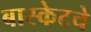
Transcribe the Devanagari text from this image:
बास्केटचे